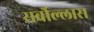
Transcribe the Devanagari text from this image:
सर्वोल्लास